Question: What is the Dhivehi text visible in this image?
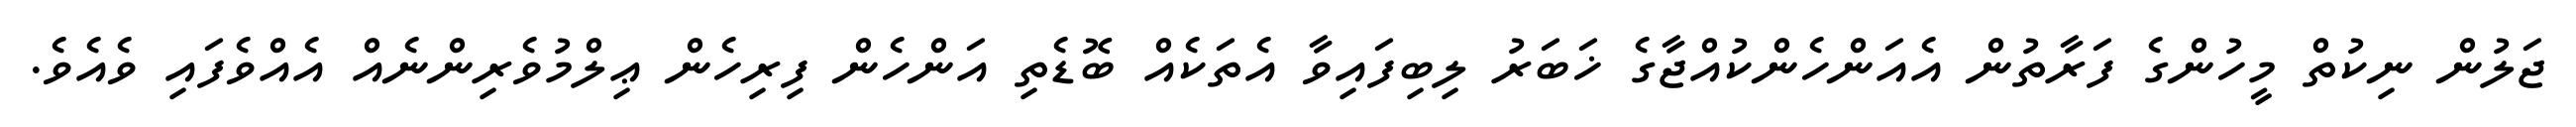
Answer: ޖަލުން ނިކުތް މީހުންގެ ފަރާތުން އެއަންހެންކުއްޖާގެ ޚަބަރު ލިބިފައިވާ އެތަކެއް ބޮޑެތި އަންހެން ފިރިހެން ޢިލްމުވެރިންނެއް އެއްވެފައި ވެއެވެ.